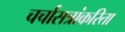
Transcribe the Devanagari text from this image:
चर्चासत्रांकरिता